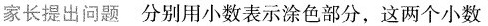
家长提出问题分别用小数表示涂色部分，这两个小数